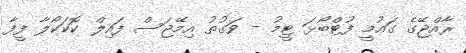
ރާއްޖޭގެ ގައުމީ ފުޓްބޯޅަ ޓީމު - ވަގުތު އިމޭޖަސް ފައިލް ކޮކަކޯލާ ފީފާ